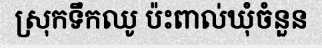
ស្រុកទឹកឈូ ប៉ះពាល់ឃុំចំនួន